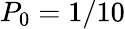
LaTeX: P_{0}=1/10